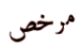
مرخص